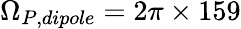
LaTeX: \Omega_{P,dipole}=2\pi\times 159